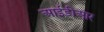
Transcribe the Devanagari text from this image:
आईडीआर